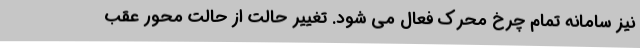
نیز سامانه تمام چرخ محرک فعال می شود. تغییر حالت از حالت محور عقب